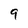
Character: 9